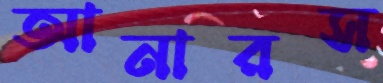
আনারস